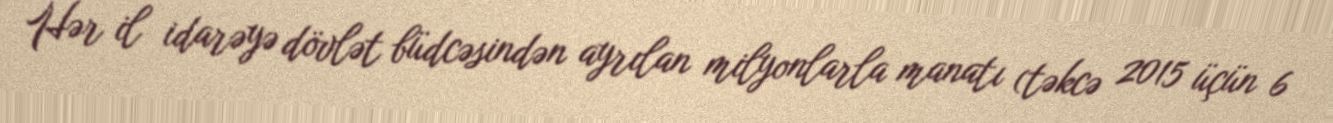
Hər il idarəyə dövlət büdcəsindən ayrılan milyonlarla manatı (təkcə 2015 üçün 6